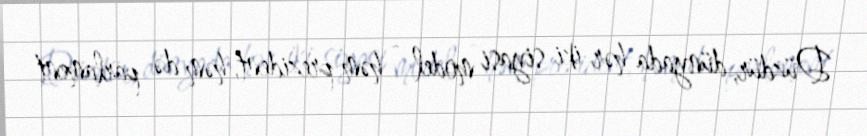
Düzdür, dünyada hər iki siyasi model - həm prezident, həm də parlament